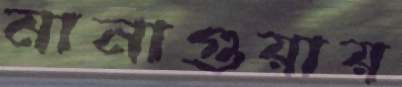
মানাগুয়ায়